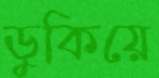
ডুকিয়ে